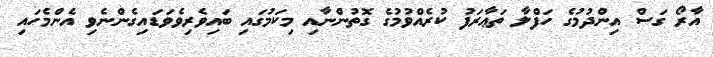
އާރޯ ގަސް އިންދުމުގެ ހަފްލާ ތަޢާރަފު ކުރެއްވުމުގެ ގޮތުންނާއި މިކަމުގައި ބައިވެރިވެވަޑައިގެންނެވި އެންމެހައި